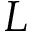
L